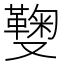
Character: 𠮑